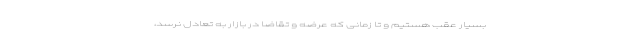
بسیار عقب هستیم و تا زمانی که عرضه و تقاضا در بازار به تعادل نرسد،